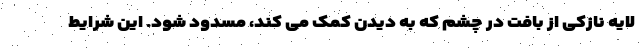
لایه نازکی از بافت در چشم که به دیدن کمک می کند، مسدود شود. این شرایط